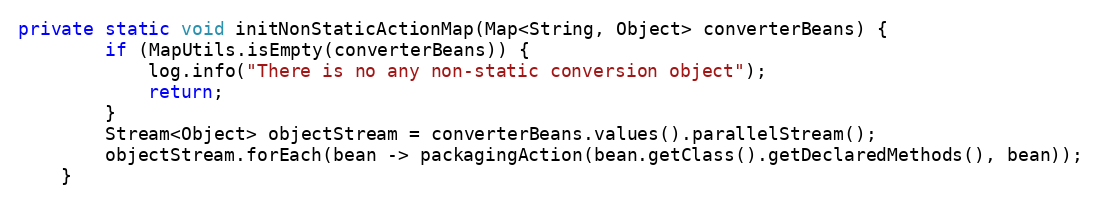
Language: Java
private static void initNonStaticActionMap(Map<String, Object> converterBeans) {
        if (MapUtils.isEmpty(converterBeans)) {
            log.info("There is no any non-static conversion object");
            return;
        }
        Stream<Object> objectStream = converterBeans.values().parallelStream();
        objectStream.forEach(bean -> packagingAction(bean.getClass().getDeclaredMethods(), bean));
    }